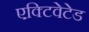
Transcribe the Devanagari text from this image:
एक्टिवेटेड